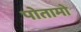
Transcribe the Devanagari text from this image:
पोतामो